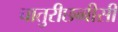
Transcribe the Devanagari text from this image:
चातुरीछब्बीसी